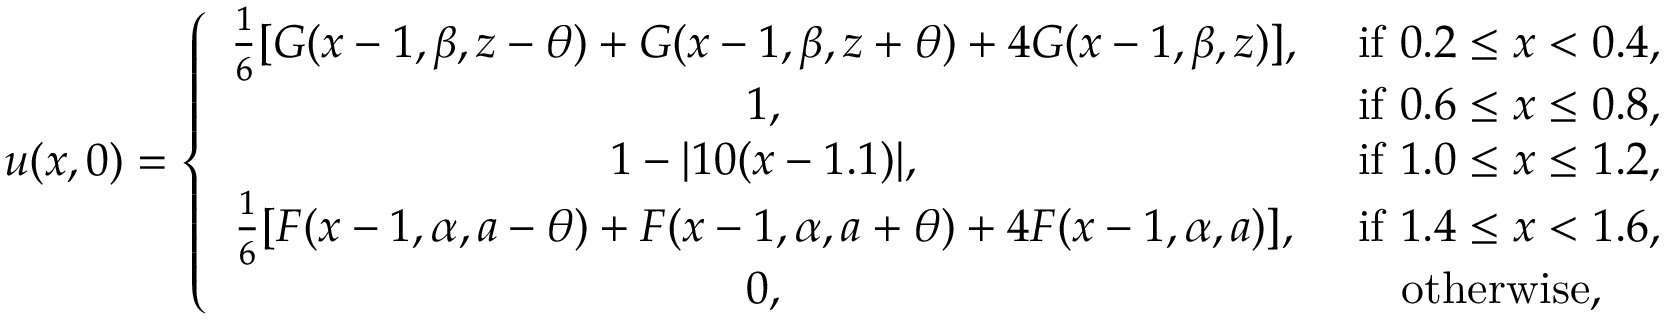
u ( x , 0 ) = \left\{ \begin{array} { c c } { \frac { 1 } { 6 } [ G ( x - 1 , \beta , z - \theta ) + G ( x - 1 , \beta , z + \theta ) + 4 G ( x - 1 , \beta , z ) ] , } & { \mathrm { ~ i f ~ } 0 . 2 \leq x < 0 . 4 , } \\ { 1 , } & { \mathrm { ~ i f ~ } 0 . 6 \leq x \leq 0 . 8 , } \\ { 1 - | 1 0 ( x - 1 . 1 ) | , } & { \mathrm { ~ i f ~ } 1 . 0 \leq x \leq 1 . 2 , } \\ { \frac { 1 } { 6 } [ F ( x - 1 , \alpha , a - \theta ) + F ( x - 1 , \alpha , a + \theta ) + 4 F ( x - 1 , \alpha , a ) ] , } & { \mathrm { ~ i f ~ } 1 . 4 \leq x < 1 . 6 , } \\ { 0 , } & { \mathrm { ~ o t h e r w i s e , ~ } } \end{array} \right.